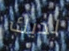
لديك